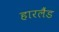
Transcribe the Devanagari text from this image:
हारलैंड